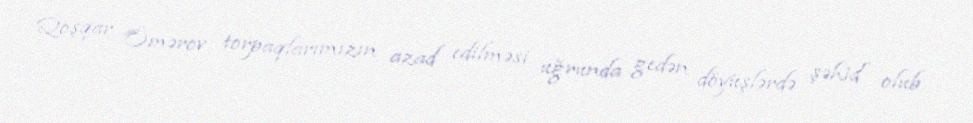
Qoşqar Ömərov torpaqlarımızın azad edilməsi uğrunda gedən döyüşlərdə şəhid olub.